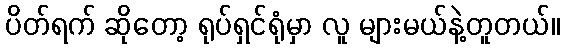
ပိတ်ရက် ဆိုတော့ ရုပ်ရှင်ရုံမှာ လူ များမယ်နဲ့တူတယ်။